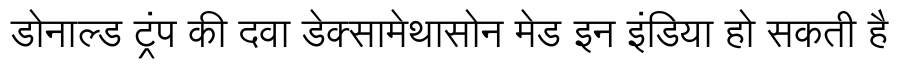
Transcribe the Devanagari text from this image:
डोनाल्ड ट्रंप की दवा डेक्सामेथासोन मेड इन इंडिया हो सकती है